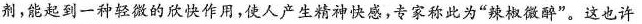
剂，能起到一种轻微的欣快作用，使人产生精神快感，专家称此为”辣椒微醉”。这也许